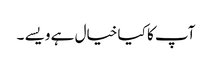
آپ کا کیا خیال ہے ویسے ۔